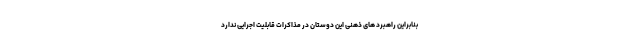
بنابراین راهبرد های ذهنی این دوستان در مذاکرات قابلیت اجرایی ندارد